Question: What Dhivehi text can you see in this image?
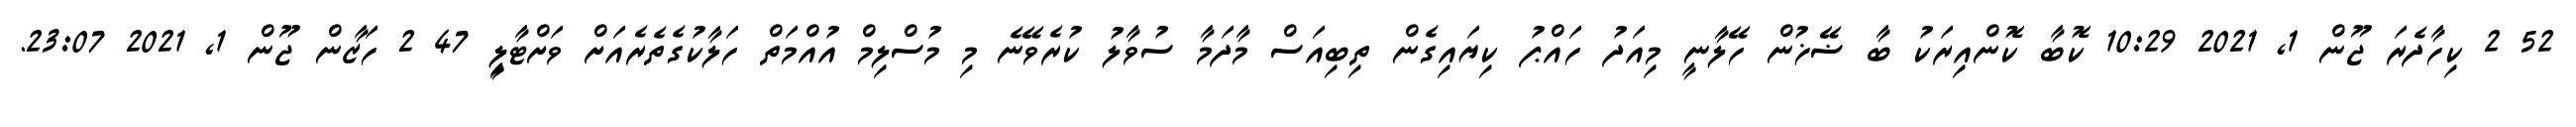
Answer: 52 2 ކިހާދެރަ ޖޫން 1, 2021 10:29 ކޮބާ ކޮންއިރަކު ބާ ޟޭޚުން ހޭލާނީ މިއަދު ހައްޕު ކިޔައިގެން ތިބިއަސް މާދަމާ ސުވާލު ކުރެވޭނެ މި މުސްލިމް އުއްމަތް ހަލާކުގެތެރެއަށް ވަށްޓާލިީ 47 2 ހަޒާން ޖޫން 1, 2021 23:07.